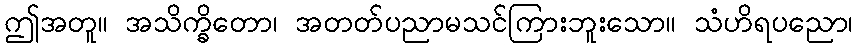
ဤအတူ။ အသိက္ခိတော၊ အတတ်ပညာမသင်ကြားဘူးသော။ သံဟိရပညော၊